Annual report on the lock hospitals of the Madras Presidency
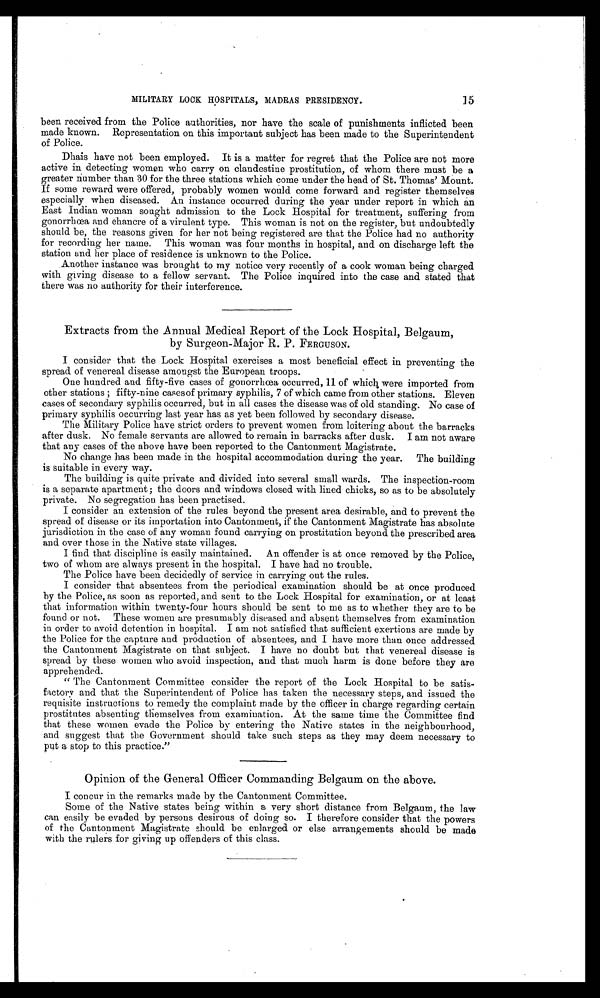
MILITARY LOCK HOSPITALS, MADRAS PRESIDENCY.
15
been received from the Police authorities, nor have the scale of punishments inflicted been
made known. Representation on this important subject has been made to the Superintendent
of Police.
Dhais have not been employed. It is a matter for regret that the Police are not more
active in detecting women who carry on clandestine prostitution, of whom there must be a
greater number than 30 for the three stations which come under the head of St. Thomas' Mount.
If some reward were offered, probably women would come forward and register themselves
especially when diseased. An instance occurred during the year under report in which an
East Indian woman sought admission to the Lock Hospital for treatment, suffering from
gonorrhœa and chancre of a virulent type. This woman is not on the register, but undoubtedly
should be, the reasons given for her not being registered are that the Police had no authority
for recording her name. This woman was four months in hospital, and on discharge left the
station and her place of residence is unknown to the Police.
Another instance was brought to my notice very recently of a cook woman being charged
with giving disease to a fellow servant. The Police inquired into the case and stated that
there was no authority for their interference.
Extracts from the Annual Medical Report of the Lock Hospital, Belgaum,
by Surgeon-Major R. P. FERGUSON.
I consider that the Lock Hospital exercises a most beneficial effect in preventing the
spread of venereal disease amongst the European troops.
One hundred and fifty-five cases of gonorrhea occurred, 11 of which. were imported from
other stations ; fifty-nine cases of primary syphilis, 7 of which came from other stations. Eleven
cases of secondary syphilis occurred, but in all cases the disease was of old standing. No case of
primary syphilis occurring last year has as yet been followed by secondary disease.
The Military Police have strict orders to prevent women from loitering about the barracks
after dusk. No female servants are allowed to remain in barracks after dusk. I am not aware
that any cases of the above have been reported to the Cantonment Magistrate.
No change has been made in the hospital accommodation during the year. The building
is suitable in every way.
The building is quite private and divided into several small wards. The inspection-room
is a separate apartment ; the doors and windows closed with lined chicks, so as to be absolutely
private. No segregation has been practised.
I consider an extension of the rules beyond the present area desirable, and to prevent the
spread of disease or its importation into Cantonment, if the Cantonment Magistrate has absolute
jurisdiction in the case of any woman found carrying on prostitution beyond the prescribed area
and over those in the Native state villages.
I find that discipline is easily maintained. An offender is at once removed by the Police,
two of whom are always present in the hospital. I have had no trouble.
The Police have been decidedly of service in carrying out the rules.
I consider that absentees from the periodical examination should be at once produced
by the Police, as soon as reported, and sent to the Lock Hospital for examination, or at least
that information within twenty-four hours should be sent to me as to whether they are to be
found or not. These women are presumably diseased and absent themselves from examination
in order to avoid detention in hospital. I am not satisfied that sufficient exertions are made by
the Police for the capture and production of absentees, and I have more than once addressed
the Cantonment Magistrate on that subject. I have no doubt but that venereal disease is
spread by these women who avoid inspection, and that much harm is done before they are
apprehended.
" The Cantonment Committee consider the report of the Lock Hospital to be satis-
factory and that the Superintendent of Police has taken the necessary steps, and issued the
requisite instructions to remedy the complaint made by the officer in charge regarding certain
prostitutes absenting themselves from examination. At the same time the Committee find
that these women evade the Police by entering the Native states in the neighbourhood,
and suggest that the Government should take such steps as they may deem necessary to
put a stop to this practice."
Opinion of the General Officer Commanding Belgaum on the above.
I concur in the remarks made by the Cantonment Committee.
Some of the Native states being within a very short distance from Belgaum, the law
can easily be evaded by persons desirous of doing so. I therefore consider that the powers
of the Cantonment Magistrate should be enlarged or else arrangements should be made
with the rulers for giving up offenders of this class.